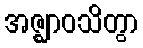
အဇ္ဈာဝသိတွာ